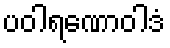
ပဝါရဏောဝါဒံ